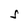
Character: S